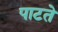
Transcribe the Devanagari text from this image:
पाटते